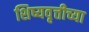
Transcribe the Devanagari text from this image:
शिष्यवृत्तीच्या